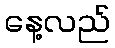
နေ့လည်